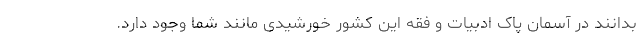
بدانند در آسمان پاک ادبیات و فقه این کشور خورشیدی مانند شما وجود دارد.